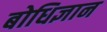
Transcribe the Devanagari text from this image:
बोधिज्ञान